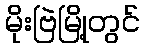
မိုးဗြဲမြို့တွင်